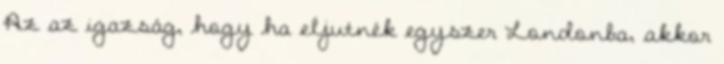
Az az igazság, hogy ha eljutnék egyszer Londonba, akkor